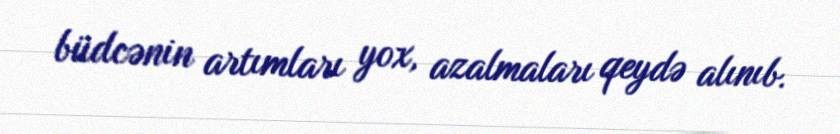
büdcənin artımları yox, azalmaları qeydə alınıb.